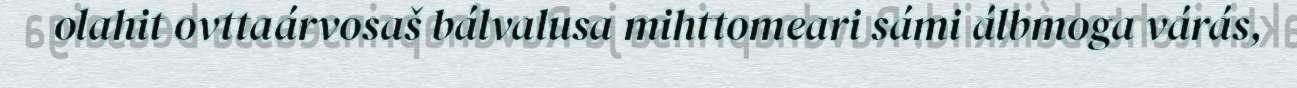
olahit ovttaárvosaš bálvalusa mihttomeari sámi álbmoga várás,